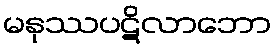
မနုဿပဋိလာဘော